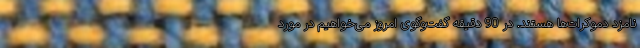
نامزد دموکرات‌ها هستند. در 90 دقیقه گفت‌وگوی امروز می‌خواهیم در مورد